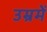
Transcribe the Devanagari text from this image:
उम्रमें